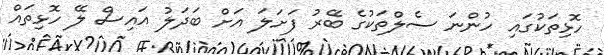
ހޮޅިތަކުގައި ހުންނަ ސެލްތަކުގެ ބޭރު ފަށަލަ އަށް ބަދަލު އައިސް ލޭ ހޮޅިތައް